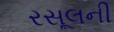
રસૂલની